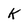
Character: K